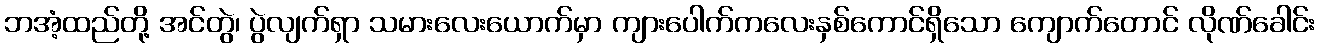
ဘအံ့ထည်တို့ အင်တွဲ၊ ပွဲလျက်ရှာ သမားလေးယောက်မှာ ကျားပေါက်ကလေးနှစ်ကောင်ရှိသော ကျောက်တောင် လိုဏ်ခေါင်း